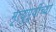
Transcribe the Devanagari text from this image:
मृत्युपूर्वीच्या